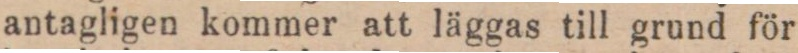
antagligen kommer att läggas till grund för